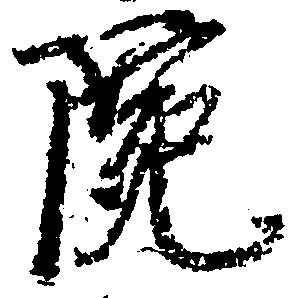
院